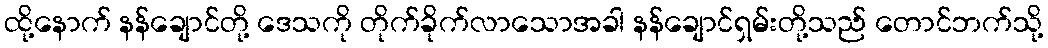
ထို့နောက် နန်ချောင်တို့ ဒေသကို တိုက်ခိုက်လာသောအခါ နန်ချောင်ရှမ်းတို့သည် တောင်ဘက်သို့